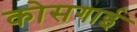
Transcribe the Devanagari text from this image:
कोसगाई